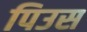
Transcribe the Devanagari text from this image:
पिउस